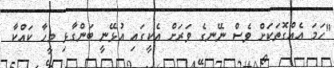
"ހަމަ އެއްގޮތަކަށް ވެސް ނޭނގެ ވަރަށް އެކީގައި އުޅޭނީ ބަންގާޅި މީހާ ކައްކާ